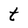
Character: t